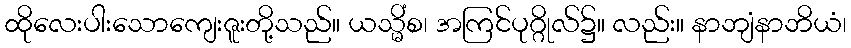
ထိုလေးပါးသောကျေးဇူးတို့သည်။ ယသ္မိံစ၊ အကြင်ပုဂ္ဂိုလ်၌။ လည်း။ နာဘျံနာဘိယံ၊